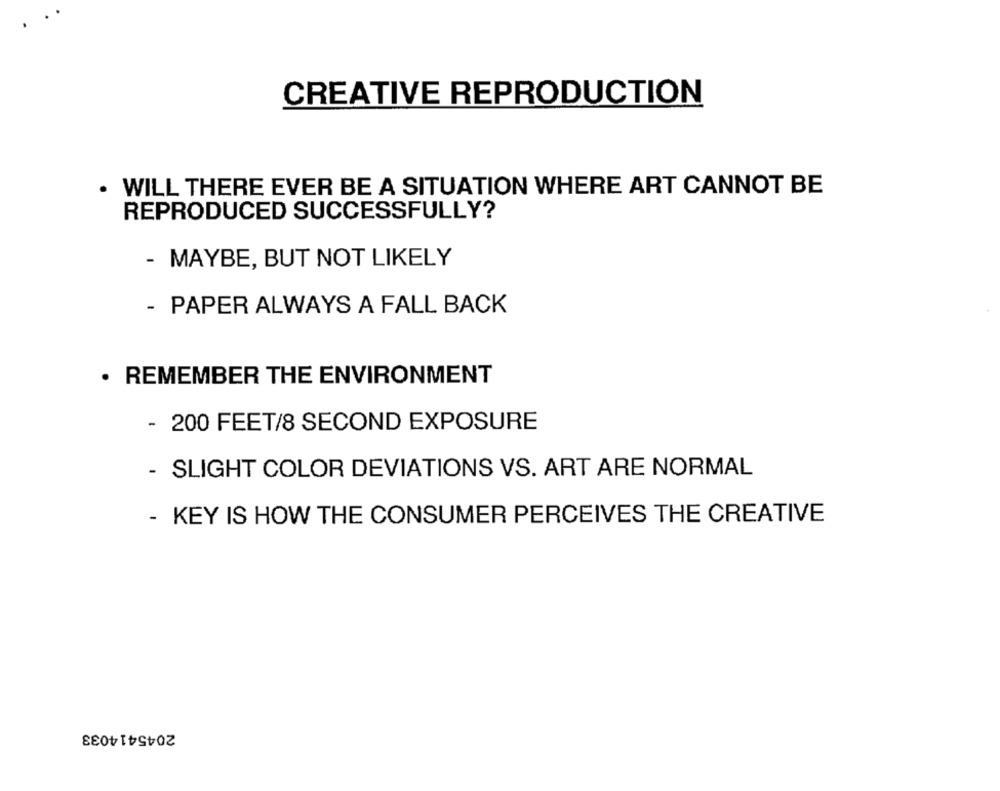
CREATIVE REPRODUCTION
· WILL THERE EVER BE A SITUATION WHERE ART CANNOT BE
REPRODUCED SUCCESSFULLY?
- MAYBE, BUT NOT LIKELY
- PAPER ALWAYS A FALL BACK
· REMEMBER THE ENVIRONMENT
- 200 FEET/8 SECOND EXPOSURE
- SLIGHT COLOR DEVIATIONS VS. ART ARE NORMAL
- KEY IS HOW THE CONSUMER PERCEIVES THE CREATIVE
2045414033